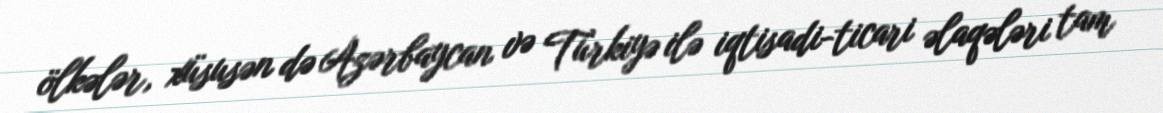
ölkələr, xüsusən də Azərbaycan və Türkiyə ilə iqtisadi-ticari əlaqələri tam